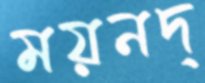
ময়নদ্